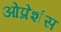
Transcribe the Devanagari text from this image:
ओप्रेशंस